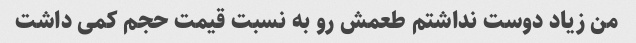
من زیاد دوست نداشتم طعمش رو به نسبت قیمت‌ حجم کمی داشت